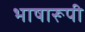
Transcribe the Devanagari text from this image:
भाषारूपी